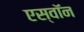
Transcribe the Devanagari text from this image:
एस्वॉन